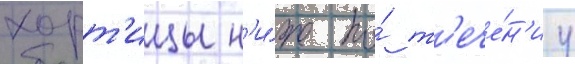
хорт'ицы н'и́же по́ т'ече́н'иу